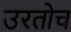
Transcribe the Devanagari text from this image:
उरतोच